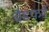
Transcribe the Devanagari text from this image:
बैडफर्ड